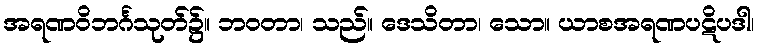
အရဏဝိဘင်္ဂသုတ်၌။ ဘဝတာ၊ သည်။ ဒေသိတာ၊ သော။ ယာစအရဏပဋိပဒါ၊